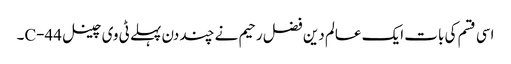
اسی قسم کی بات ایک عالم دین فضل رحیم نے چند دن پہلے ٹی وی چینل C-44۔